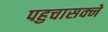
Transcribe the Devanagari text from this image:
पहुचासक्ने